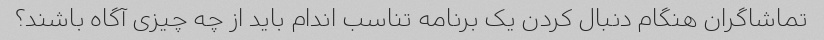
تماشاگران هنگام دنبال کردن یک برنامه تناسب اندام باید از چه چیزی آگاه باشند؟